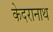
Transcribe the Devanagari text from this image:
केदरानाथ